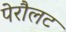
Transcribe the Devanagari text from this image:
पेरौलट